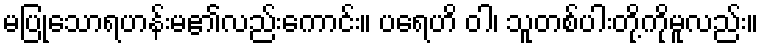
မပြုသောရဟန်းမ၏လည်းကောင်း။ ပရေဟိ ဝါ၊ သူတစ်ပါးတို့ကိုမူလည်း။